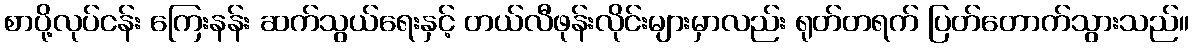
စာပို့လုပ်ငန်း ကြေးနန်း ဆက်သွယ်ရေးနှင့် တယ်လီဖုန်းလိုင်းများမှာလည်း ရုတ်တရက် ပြတ်တောက်သွားသည်။